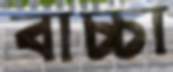
বাচ্চা